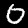
Label: 0